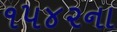
૧૫૪૨ના